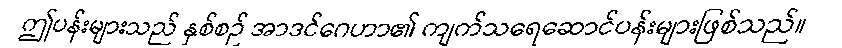
ဤပန်းများသည် နှစ်စဉ် အာဒင်ဂေဟာ၏ ကျက်သရေဆောင်ပန်းများဖြစ်သည်။